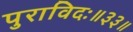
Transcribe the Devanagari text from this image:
पुराविदः॥३३॥